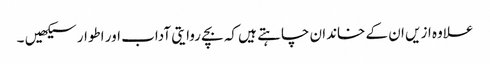
علاوہ ازیں ان کے خاندان چاہتے ہیں کہ بچے روایتی آداب اور اطوار سیکھیں ۔